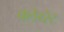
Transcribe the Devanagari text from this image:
क्लेथ्‍रेट